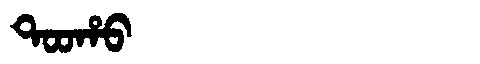
Manchu: ᡨᠣᠣᡥᠣ
Romanization: TOOHO